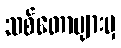
သစ်တောများမှ